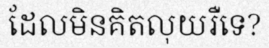
ដែលមិនគិតលុយរឺទេ?